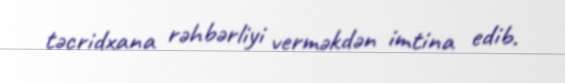
təcridxana rəhbərliyi verməkdən imtina edib.